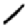
Digit: 1